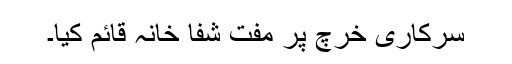
سرکاری خرچ پر مفت شفا خانہ قائم کیا۔